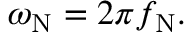
\omega _ { \mathrm { N } } = 2 \pi f _ { \mathrm { N } } .